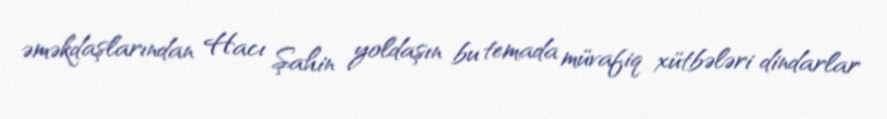
əməkdaşlarından Hacı Şahin yoldaşın bu temada müvafiq xütbələri dindarlar